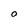
Character: O